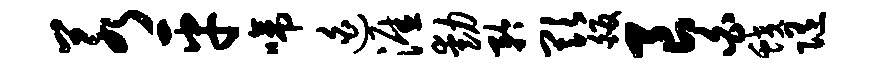
若平啼迫涯动矜欺皈良白蛟随